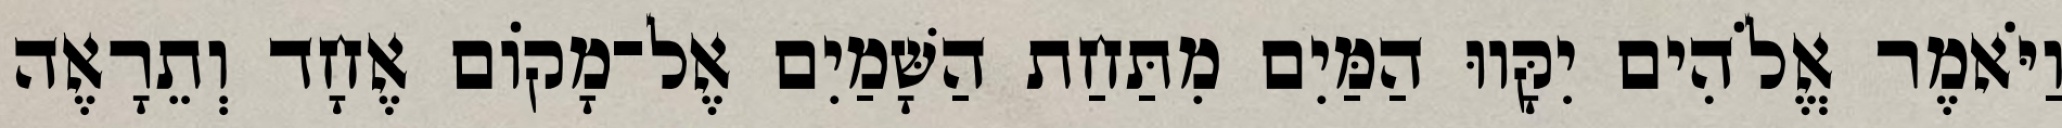
וַיֹּאמֶר אֱלֹהִים יִקָּווּ הַמַּיִם מִתַּחַת הַשָּׁמַיִם אֶל־מָקֹום אֶחָד וְתֵרָאֶה